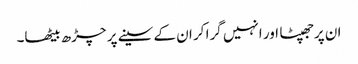
ان پرجھپٹا اور انہیں گرا کر ان کے سینے پر چڑھ بیٹھا۔